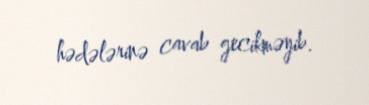
hədələrinə cavab gecikməyib.